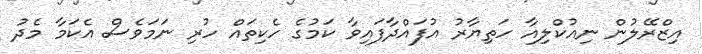
އިޒްރޭލުން ނިއުކްލިއާ ހަތިޔާރު އުފައްދާފައިވާ ކަމުގެ ހެކިތައް ހުރި ނަމަވެސް އެކަމާ މެދު